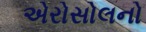
એરોસોલનો